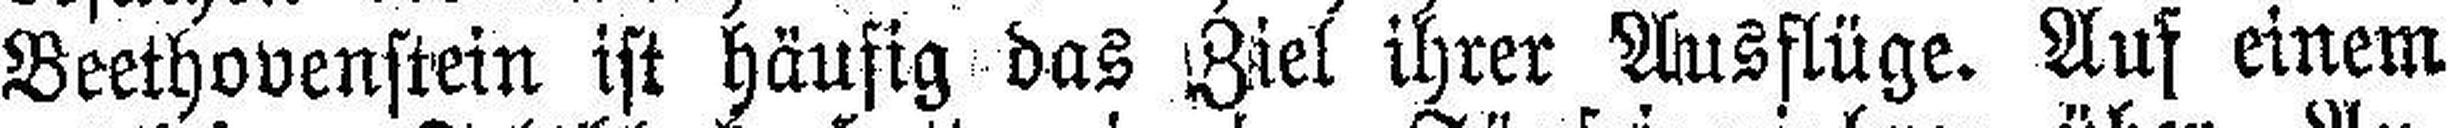
Beethovenstein ist häufig das Ziel ihrer Ausflüge. Aus einem